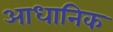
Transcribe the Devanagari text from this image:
आधानिक